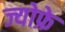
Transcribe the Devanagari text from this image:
ज्योफ्रे